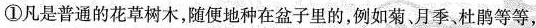
①凡是普通的花草树木，随便地种在盆子里的，例如菊、月季杜鹃等等，